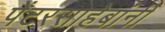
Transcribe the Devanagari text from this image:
पेंटरसाहेबांनी